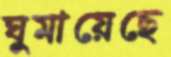
ঘুমায়েছে